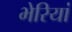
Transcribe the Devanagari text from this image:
भेरियां